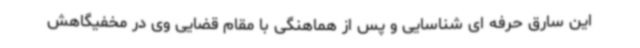
این سارق حرفه ای شناسایی و پس از هماهنگی با مقام قضایی وی در مخفیگاهش